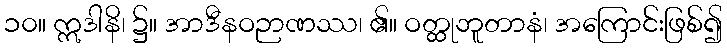
၁၀။ ဣဒါနိ၊ ၌။ အာဒီနဝဉာဏဿ၊ ၏။ ဝတ္ထုဘူတာနံ၊ အကြောင်းဖြစ်၍